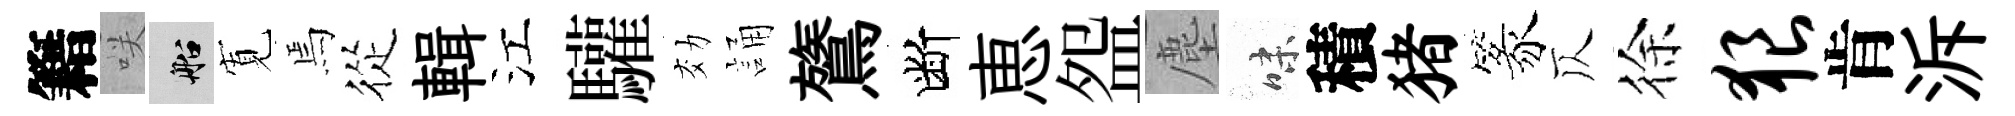
籍咲船𡩖焉從輯江驩効誦鷟断恵盌塵味積猪篆仄徐狼肯泝